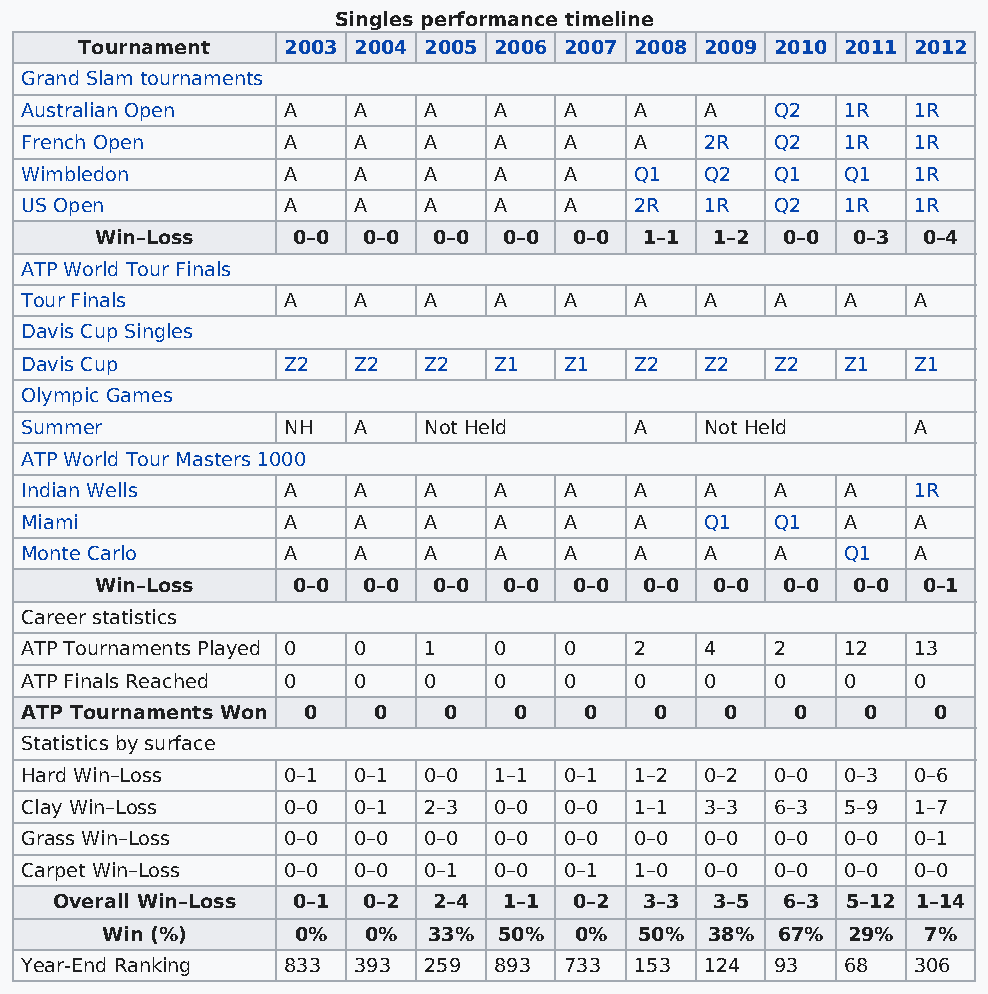
Singles performance timeline
 Tournament    2003 2004 2005 2006 2007 2008 2009 2010 2011 2012
 Grand Slam tournaments
 Australian Open   A   A    A    A   A    A    A   Q2   1R  1R
 French Open       A   A    A    A   A    A    2R  Q2   1R  1R
 Wimbledon         A   A    A    A   A    Q1   Q2  Q1   Q1  1R
 US Open           A   A    A    A   A    2R   1R  Q2   1R  1R
 Win–Loss     0–0  0–0  0–0 0–0  0–0  1–1 1–2  0–0 0–3  0–4
 ATP World Tour Finals
 Tour Finals       A   A    A    A   A    A    A   A    A   A
 Davis Cup Singles
 Davis Cup         Z2  Z2   Z2   Z1  Z1   Z2   Z2  Z2   Z1  Z1
 Olympic Games
 Summer            NH  A    Not Held      A    Not Held     A
 ATP World Tour Masters 1000
 Indian Wells      A   A    A    A   A    A    A   A    A   1R
 Miami             A   A    A    A   A    A    Q1  Q1   A   A
 Monte Carlo       A   A    A    A   A    A    A   A    Q1  A
 Win–Loss     0–0  0–0  0–0 0–0  0–0  0–0 0–0  0–0 0–0  0–1
 Career statistics
 ATP Tournaments Played 0 0 1    0   0    2    4   2    12  13
 ATP Finals Reached 0  0    0    0   0    0    0   0    0   0
 ATP Tournaments Won 0   0   0    0    0   0    0    0   0    0
 Statistics by surface
 Hard Win–Loss     0–1 0–1  0–0  1–1 0–1  1–2  0–2 0–0  0–3 0–6
 Clay Win–Loss     0–0 0–1  2–3  0–0 0–0  1–1  3–3 6–3  5–9 1–7
 Grass Win–Loss    0–0 0–0  0–0  0–0 0–0  0–0  0–0 0–0  0–0 0–1
 Carpet Win–Loss   0–0 0–0  0–1  0–0 0–1  1–0  0–0 0–0  0–0 0–0
 Overall Win–Loss 0–1 0–2  2–4 1–1  0–2  3–3 3–5  6–3 5–12 1–14
 Win (%)     0%   0%  33%  50%  0%  50%  38% 67%  29%  7%
 Year-End Ranking  833 393  259  893 733  153  124 93   68  306